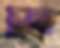
চুল